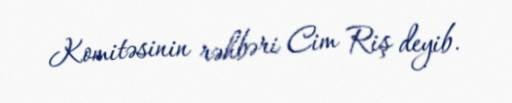
Komitəsinin rəhbəri Cim Riş deyib.